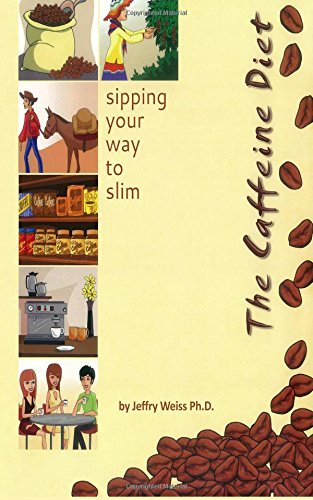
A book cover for The Caffeine Diet: sipping your way to slim (We We Eat); Dr. Jeffry Weiss; Health, Fitness & Dieting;